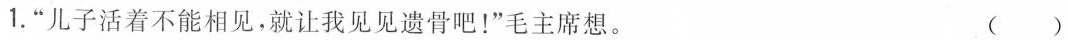
1.”儿子活着不能相见，就让我见见遗骨吧！”毛主席想。 ()